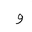
Letter: _waw